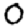
Digit: 0